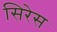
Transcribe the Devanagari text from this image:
सिरेस